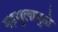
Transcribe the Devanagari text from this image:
महसुलामुळे